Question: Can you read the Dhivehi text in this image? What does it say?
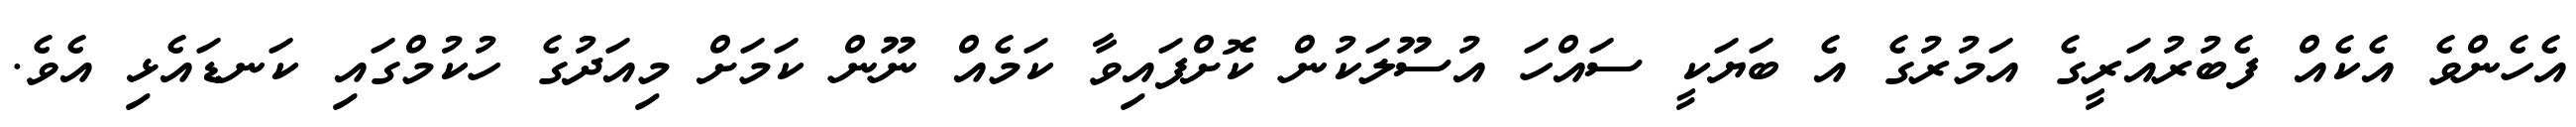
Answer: އެހެންވެ އެކެއް ފެބުރުއަރީގެ އަމުރުގެ އެ ބަޔަކީ ސައްހަ އުސޫލަކުން ކޮށްފައިވާ ކަމެއް ނޫން ކަމަށް މިއަދުގެ ހުކުމްގައި ކަނޑައެޅި އެވެ.